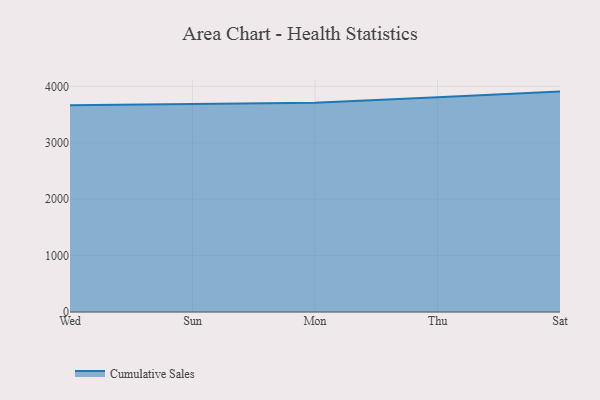
{"axis": {"x": "Day", "y": "Backlog"}, "legend": ["Cumulative Sales"], "data": [{"x": "Wed", "y": 3665.3, "type": "Cumulative Sales"}, {"x": "Sun", "y": 3685.6, "type": "Cumulative Sales"}, {"x": "Mon", "y": 3707.8, "type": "Cumulative Sales"}, {"x": "Thu", "y": 3806.7, "type": "Cumulative Sales"}, {"x": "Sat", "y": 3907.4, "type": "Cumulative Sales"}]}